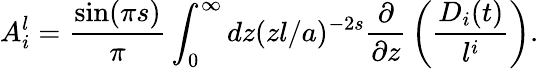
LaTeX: A_{i}^{l}={\frac{\sin(\pi s)}{\pi}}\int_{0}^{\infty}dz(zl/a)^{-2s}{\frac{\partial}{\partial z}}\left({\frac{D_{i}(t)}{l^{i}}}\right).